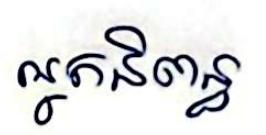
អ្នកនិពន្ធ